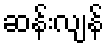
ဆန်းလျန်